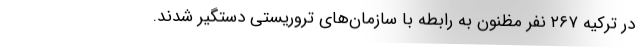
در ترکیه ۲۶۷ نفر مظنون به رابطه با سازمان‌های تروریستی دستگیر شدند.